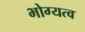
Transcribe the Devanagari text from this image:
भोग्यत्व